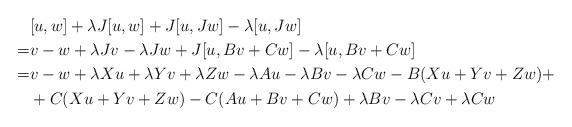
LaTeX: \begin{align*}& [u,w]+\lambda J[u,w] + J[u,Jw]-\lambda[u,Jw] & \\=&v-w+\lambda Jv-\lambda Jw+J[u,Bv+Cw]-\lambda[u,Bv+Cw] & \\=&v-w+\lambda Xu + \lambda Yv+\lambda Zw -\lambda Au-\lambda Bv-\lambda Cw- B(Xu+Yv+Zw) +\\&+C(Xu+Yv+Zw)-C(Au+Bv+Cw)+\lambda Bv-\lambda Cv+\lambda Cw \end{align*}